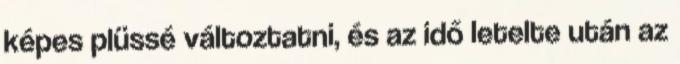
képes plüssé változtatni, és az idő letelte után az